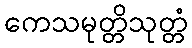
ကေသမုတ္တိသုတ္တံ